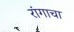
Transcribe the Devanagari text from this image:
रांगाचा